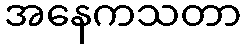
အနေကသတာ